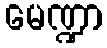
မေဏ္ဍာ